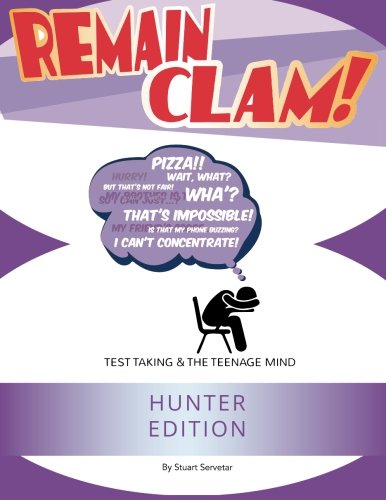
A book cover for Remain Clam! Hunter Edition: Test Taking & the Teenage Mind; Stuart Servetar; Test Preparation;